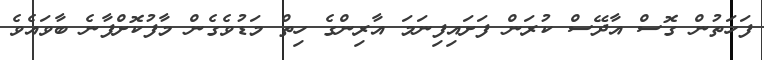
ފަހަތުން ގޮސް އާދޭސް ކުރަން ފަށައިފިނަމަ އާރިންގެ ހިތް މަޑުވެގެން މާފުކޮށްފާނެ ބާވައެވެ